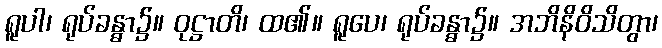
ရူပါ၊ ရုပ်ခန္ဓာ၌။ ဝုဋ္ဌာတိ၊ ထ၏။ ရူပေ၊ ရုပ်ခန္ဓာ၌။ အဘိနိဝိသိတွာ၊